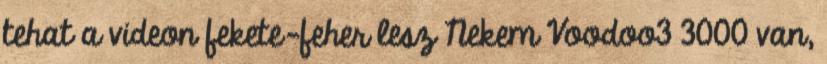
tehat a videon fekete-feher lesz Nekem Voodoo3 3000 van,